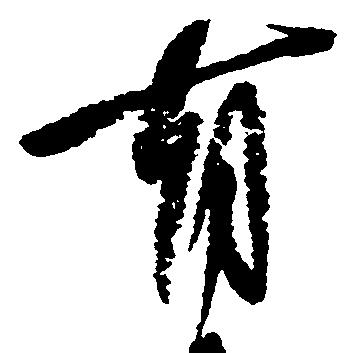
有